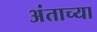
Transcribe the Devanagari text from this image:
अंताच्या